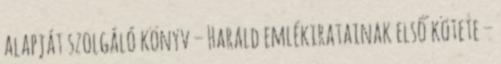
alapját szolgáló könyv – Harald emlékiratainak első kötete –